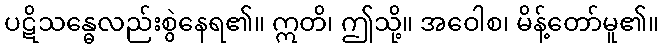
ပဋိသန္ဓေလည်းစွဲနေရ၏။ ဣတိ၊ ဤသို့။ အဝေါစ၊ မိန့်တော်မူ၏။